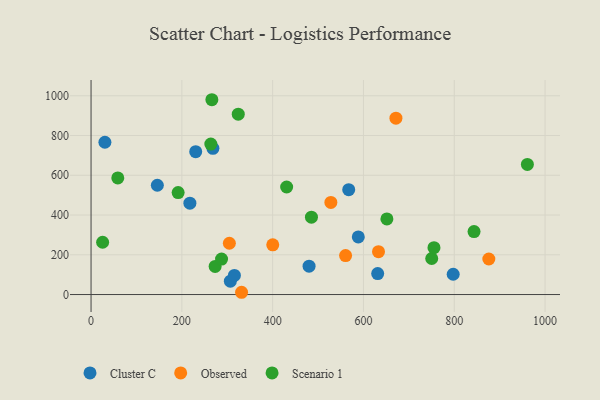
{"axis": {"x": "Price", "y": "Yield"}, "legend": ["Cluster C", "Observed", "Scenario 1"], "data": [{"x": "306.8", "y": 67.3, "type": "Cluster C"}, {"x": "268.4", "y": 735.8, "type": "Cluster C"}, {"x": "797.6", "y": 102.1, "type": "Cluster C"}, {"x": "30.5", "y": 766.2, "type": "Cluster C"}, {"x": "631.3", "y": 105.7, "type": "Cluster C"}, {"x": "230.5", "y": 718.6, "type": "Cluster C"}, {"x": "146.0", "y": 549.8, "type": "Cluster C"}, {"x": "480.2", "y": 142.9, "type": "Cluster C"}, {"x": "217.7", "y": 459.8, "type": "Cluster C"}, {"x": "315.7", "y": 96.2, "type": "Cluster C"}, {"x": "567.5", "y": 527.5, "type": "Cluster C"}, {"x": "588.6", "y": 289.7, "type": "Cluster C"}, {"x": "528.2", "y": 463.6, "type": "Observed"}, {"x": "560.6", "y": 196.0, "type": "Observed"}, {"x": "331.5", "y": 11.4, "type": "Observed"}, {"x": "400.2", "y": 250.1, "type": "Observed"}, {"x": "876.1", "y": 178.7, "type": "Observed"}, {"x": "671.5", "y": 887.2, "type": "Observed"}, {"x": "633.1", "y": 215.7, "type": "Observed"}, {"x": "304.6", "y": 258.0, "type": "Observed"}, {"x": "430.8", "y": 541.0, "type": "Scenario 1"}, {"x": "324.2", "y": 907.3, "type": "Scenario 1"}, {"x": "25.5", "y": 263.1, "type": "Scenario 1"}, {"x": "263.8", "y": 757.1, "type": "Scenario 1"}, {"x": "961.0", "y": 654.5, "type": "Scenario 1"}, {"x": "273.3", "y": 141.3, "type": "Scenario 1"}, {"x": "750.3", "y": 181.2, "type": "Scenario 1"}, {"x": "485.4", "y": 389.2, "type": "Scenario 1"}, {"x": "651.6", "y": 380.5, "type": "Scenario 1"}, {"x": "287.4", "y": 178.2, "type": "Scenario 1"}, {"x": "191.8", "y": 513.0, "type": "Scenario 1"}, {"x": "58.9", "y": 586.8, "type": "Scenario 1"}, {"x": "843.5", "y": 316.7, "type": "Scenario 1"}, {"x": "266.1", "y": 980.1, "type": "Scenario 1"}, {"x": "755.3", "y": 235.9, "type": "Scenario 1"}]}